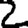
Digit: 2